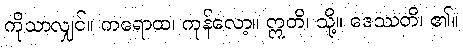
ကိုသာလျှင်။ ကရောထ၊ ကုန်လော့။ ဣတိ၊ သို့။ ဒေဿတိ၊ ၏။